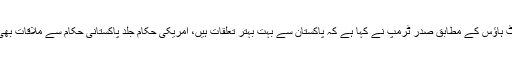
امریکی وائٹ ہاؤس کے مطابق صدر ٹرمپ نے کہا ہے کہ پاکستان سے بہت بہتر تعلقات ہیں، امریکی حکام جلد پاکستانی حکام سے ملاقات بھی کریں گے۔